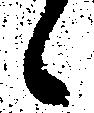
候